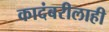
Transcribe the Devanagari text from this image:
कादंबरीलाही